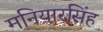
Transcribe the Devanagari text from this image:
मनियारसिंह